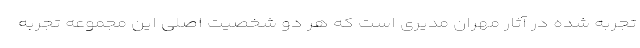
تجربه شده در آثار مهران مدیری است که هر دو شخصیت اصلی این مجموعه تجربه